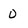
Character: 0